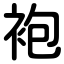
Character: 袍